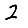
Digit: 2